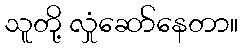
သူတို့ လှုံဆော်နေတာ။